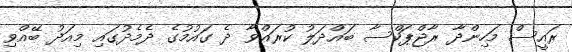
ރައީސް މަހިންދާ ރާޖްޕަކްސާ ބައްދަލު ކުރައްވާ ދެ ގައުމުގެ ދެމެދުގައި މިއަދު ބޭއްވި